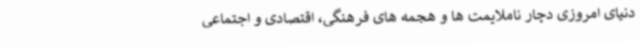
دنیای امروزی دچار ناملایمت ها و هجمه های فرهنگی، اقتصادی و اجتماعی